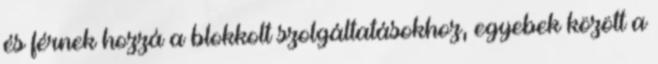
és férnek hozzá a blokkolt szolgáltatásokhoz, egyebek között a